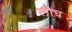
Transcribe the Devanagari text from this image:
लौघ